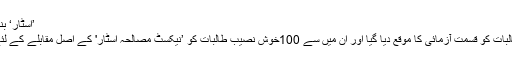
’اسٹار‘ بنا سکتا ہے
ہزاروں طالبات کو قسمت آزمائی کا موقع دیا گیا اور ان میں سے 100خوش نصیب طالبات کو ’نیکسٹ مصالحہ اسٹار' کے اصل مقابلے کے لئے چنا گیا۔